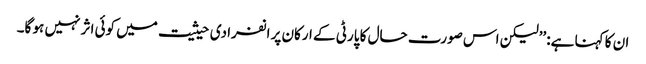
ان کا کہنا ہے: ’’لیکن اس صورت حال کا پارٹی کے ارکان پر انفرادی حیثیت میں کوئی اثر نہیں ہو گا۔